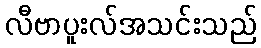
လီဗာပူးလ်အသင်းသည်